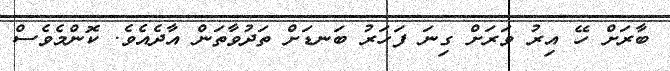
ބާރަށް ހޭ އިރު ވަރަށް ގިނަ ފަހަރު ބަނޑަށް ތަދުވާތަން އާދެއެވެ. ކޮންމެވެސް